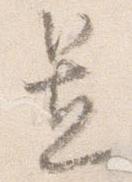
置